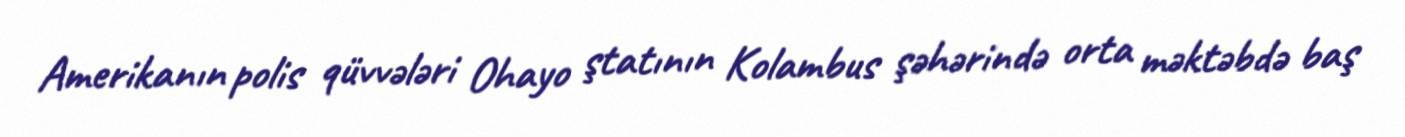
Amerikanın polis qüvvələri Ohayo ştatının Kolambus şəhərində orta məktəbdə baş